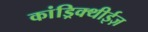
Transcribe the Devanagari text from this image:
कांड्रिक्थीईज़